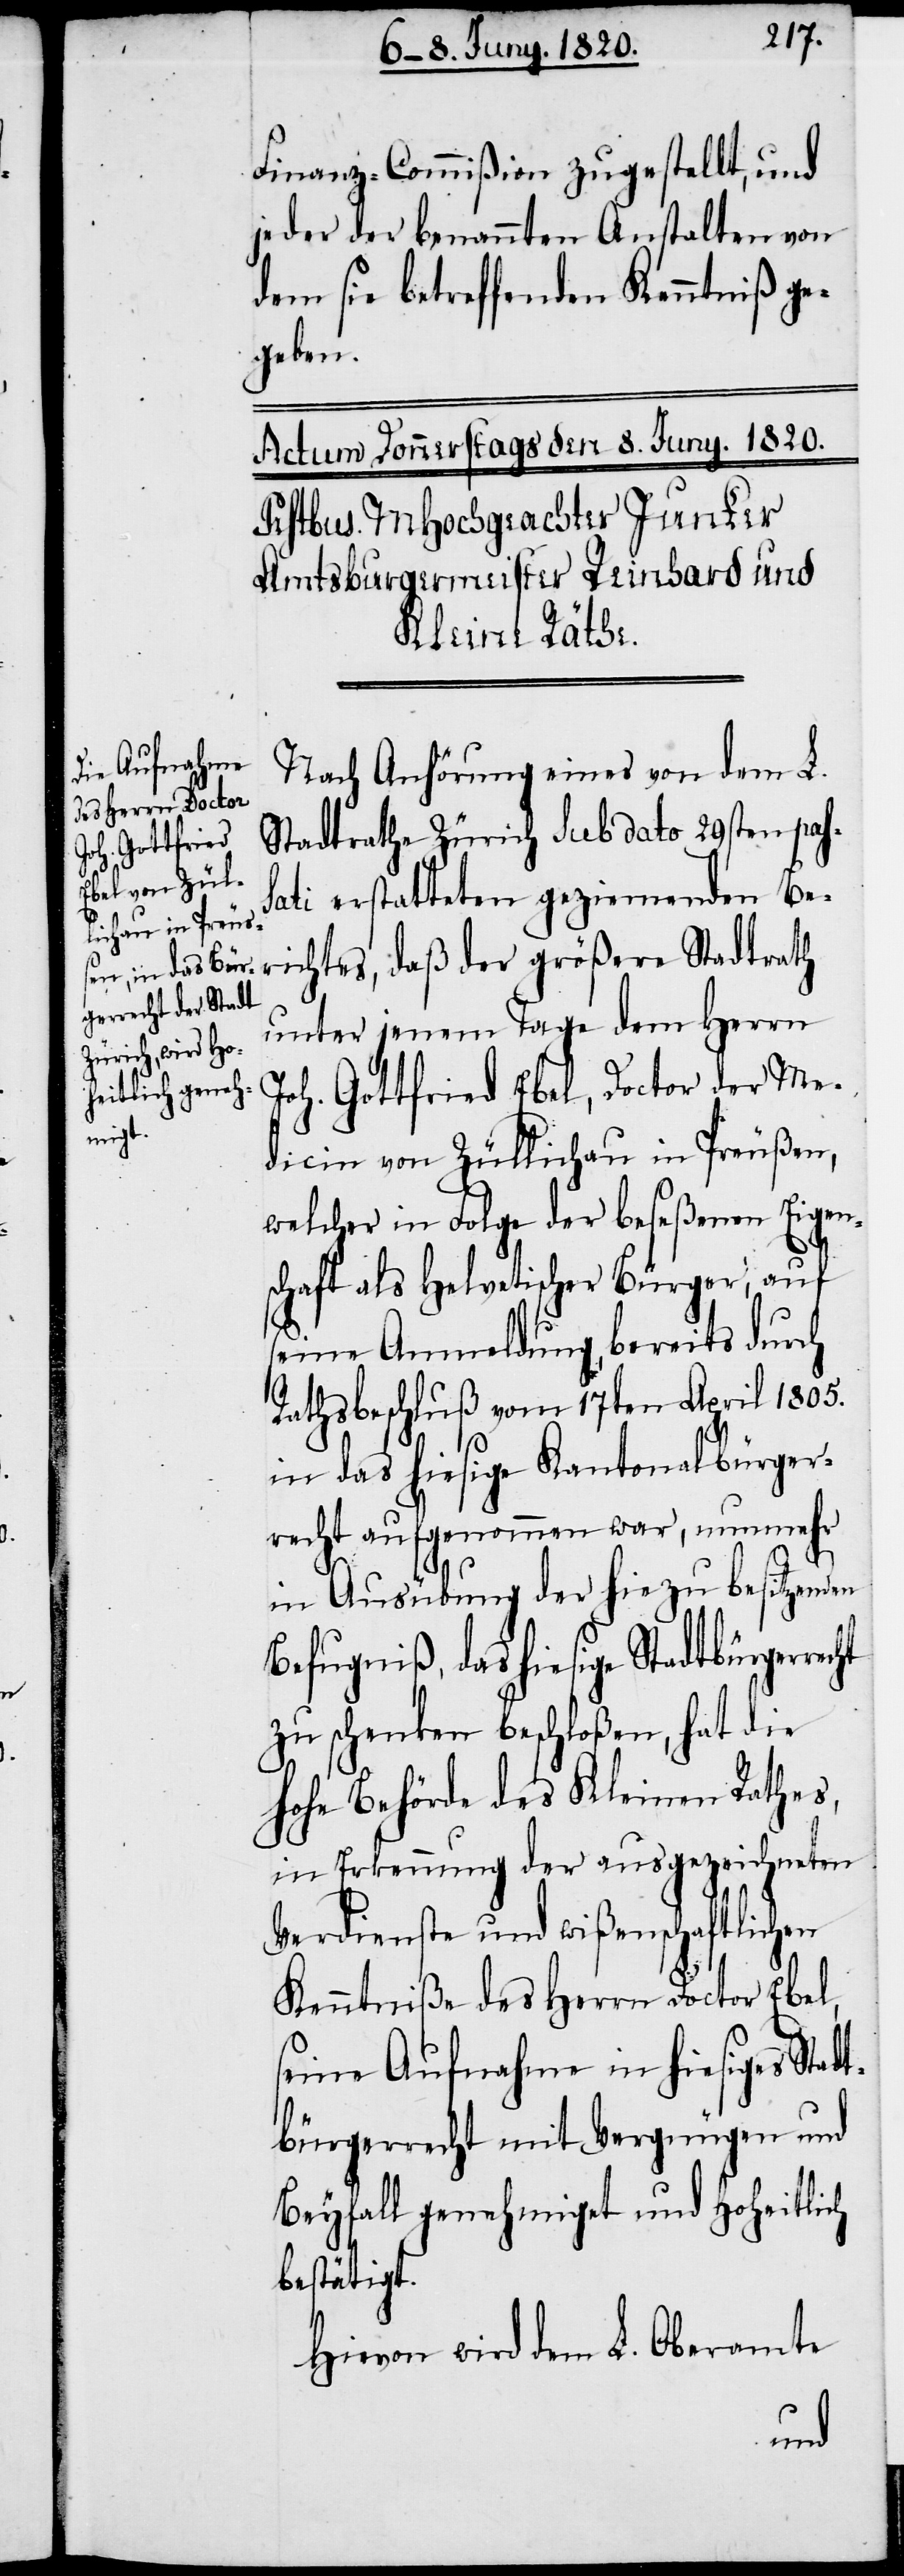
Finanz-Commiβion zugestellt, und
jeder der benannten Anstalten von
dem sie betreffenden Kenntniß ge¬
geben.
Nach Anhörung eines von dem L.
Stadtrathe Zürich sub dato 29sten pas¬
sati erstatteten geziemenden Be¬
richtes, daß der größere Stadtrath
unter jenem Tage dem Herrn
Joh. Gottfried Ebel, Doctor der Me¬
dicin von Züllichau in Preußen,
welcher in Folge der beseßenen Eigen¬
schaft als Helvetischer Bürger, auf
seine Anmeldung, bereits durch
Rathsbeschluß vom 17ten April 1805.
in das hiesige Kantonalbürger¬
recht aufgenommen war, nunmehr
in Ausübung der hiezu besitzenden
Befugniß, das hiesige Stadtbürgerre¬
zu schenken beschloßen, hat die
hohe Behörde des Kleinen Rathes,
in Erkennung der ausgezeichneten
Verdienste und wißenschaftlichen
cht
Kenntniß des Herrn Doctor Ebel,
seine Aufnahme in hiesiges Stad¬
tbürgerrecht mit Vergnügen und
Beyfall genehmiget und hoheitlich
bestätigt.
Hievon wird dem L. Oberamte